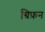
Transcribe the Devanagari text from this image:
ग्रिफ़न